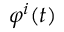
\varphi ^ { i } ( t )